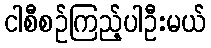
ငါစီစဉ်ကြည့်ပါဦးမယ်